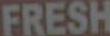
FRESH